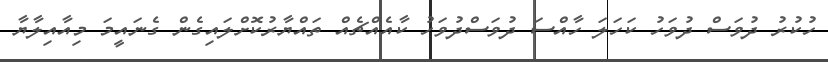
ހުކުރު ދުވަސް ދުވަހު ކަހަލަ ހާއްސަ ދުވަސްދުވަހު ކާއެއްޗެއް ތައްޔާރުކޮށްލައިގެން ގެނައީމަ މިއާއިލާޔާ